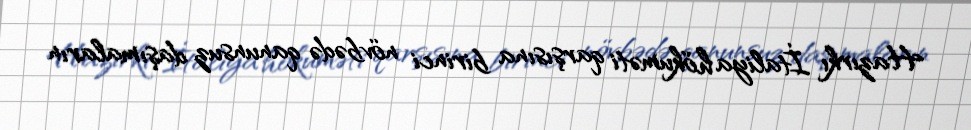
Hazırkı İtaliya hökuməti qarşısına birinci növbədə qanunsuz daşımaların